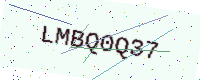
Text: LMBQ0Q37